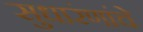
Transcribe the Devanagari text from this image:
सुधारंणांचे